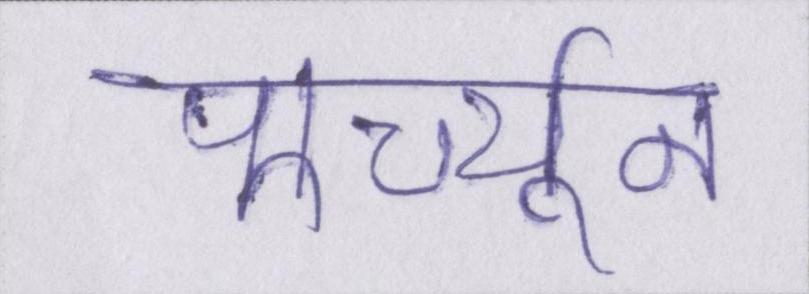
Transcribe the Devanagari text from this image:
फार्च्यून